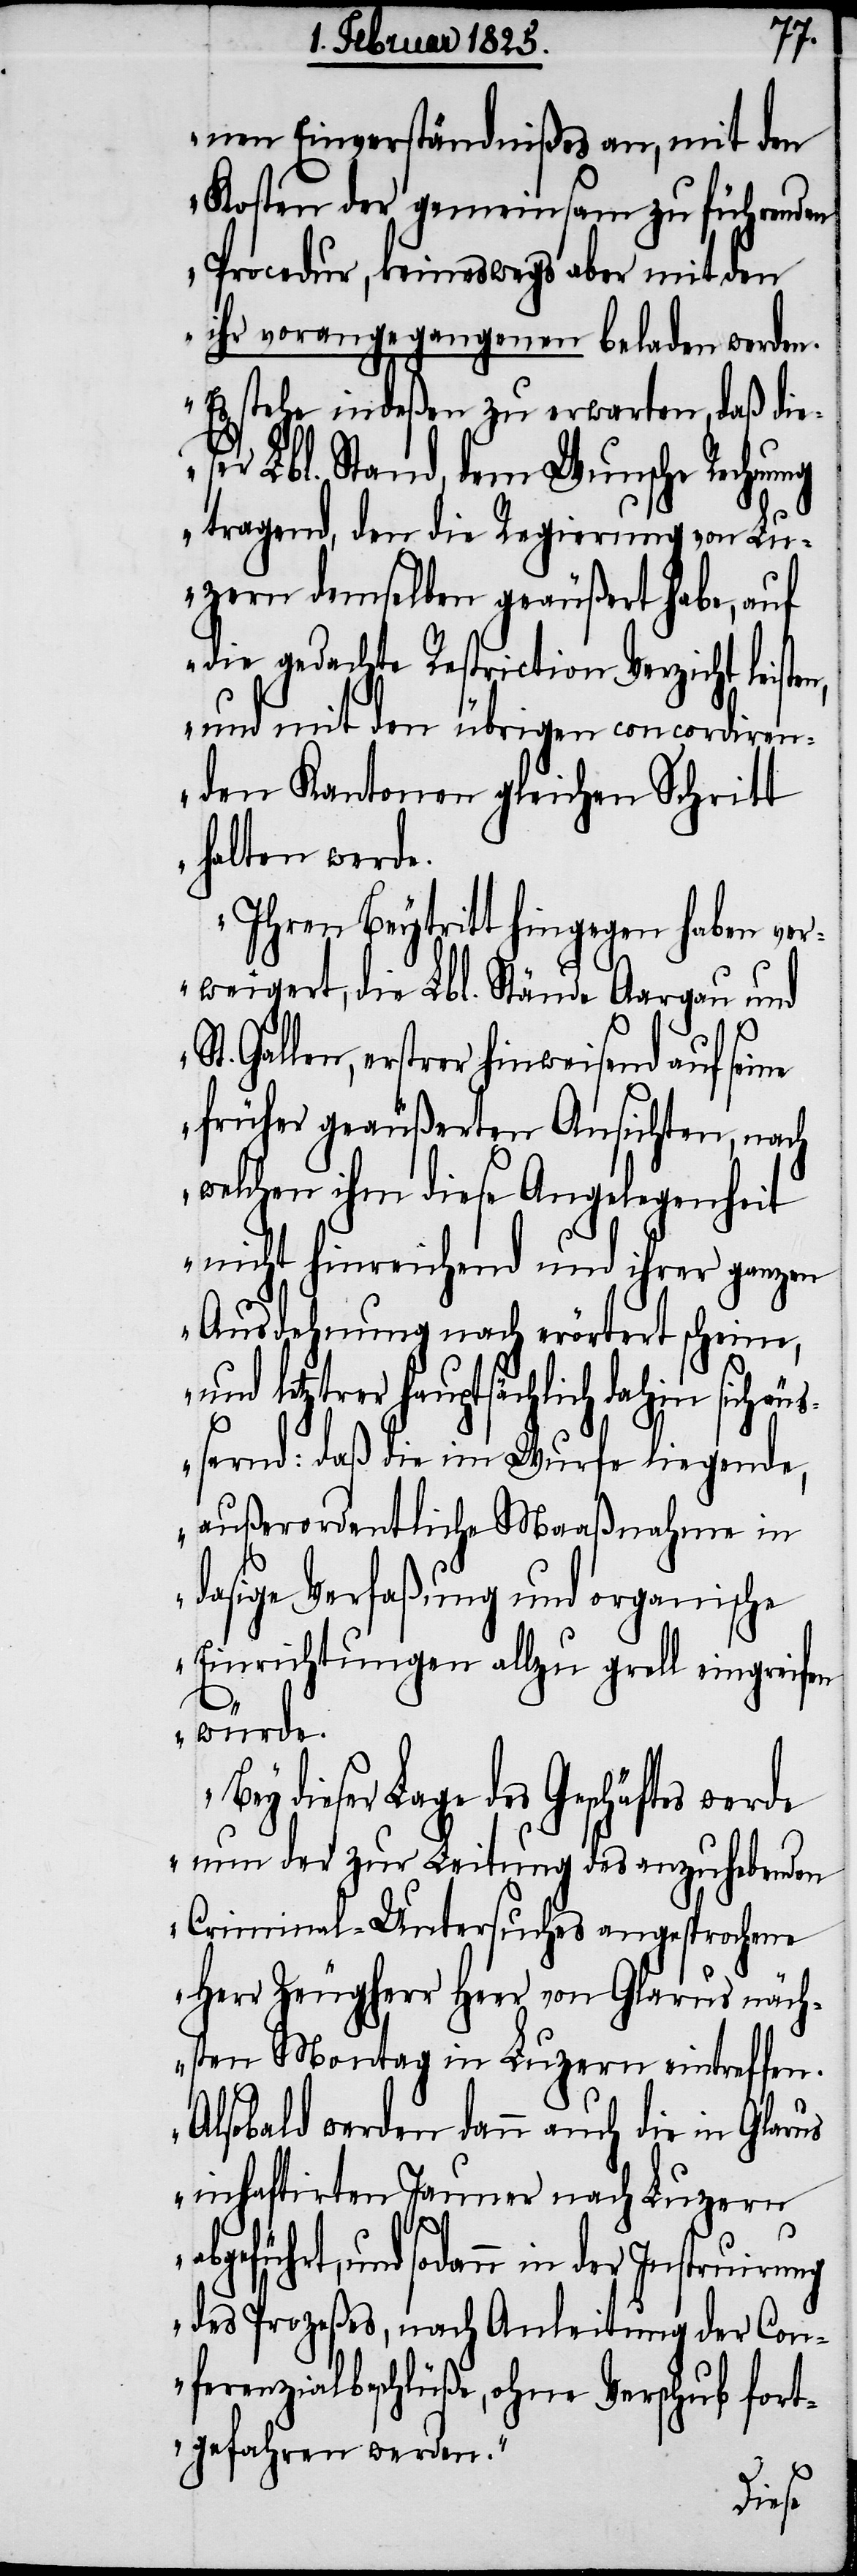
nen Einverständnißes an, mit den
Kosten der gemeinsam zu führenden
Procedur, keineswegs aber mit den
ihr vorangegangenen beladen werden.
Es stehe indeßen zu erwarten, daß dies¬
er Lbl. Stand, dem Wunsche Rechnung
tragend, den die Regierung von Lu¬
zern demselben geäußert habe, auf
die gedachte Restriction Verzicht leist¬
und mit den übrigen concordiren¬
den Kantonen gleichen Schritt
halten werde.
Ihren Beytritt hingegen haben ver¬
weigert, die Lbl. Stände Aargau und
Gallen, erstrer hinweisend auf sei¬
früher geäußerten Ansichten, nach
welchen ihm diese Angelegenheit
nicht hinreichend und ihrer ganzen
Ausdehnung nach erörtert scheine,
und letztrer hauptsächlich dahin
äußernd: daß die im Wurfe liegende,
außerordentliche Maaßnahme in
dasige Verfaßung und organische
Einrichtungen allzu grell eingreifen
ne
würde.
dieser Lage des Geschäftes werde
nun der zur Leitung des anzuhebenden
Criminal-Untersuches angesprochene
Herr Zeugherr Heer von Glarus näch¬
sten Montag in Luzern eintreffen.
Alsobald werden dann auch die in Glarus
inhaftirten Jauner nach Luzern
und sodann in der Instruirung
des Prozeßes, nach Anleitung der Con¬
ferenzialbeschlüße, ohne Verschub fort¬
gefahren werden.“